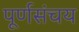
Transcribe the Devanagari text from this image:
पूर्णसंचय